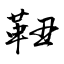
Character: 靵